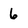
Character: 6